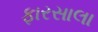
ફારસાલા